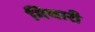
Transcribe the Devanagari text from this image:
मिथारी